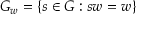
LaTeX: G _ { w } = \{ s \in G : s w = w \}